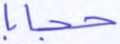
حجابا